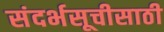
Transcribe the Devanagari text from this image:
संदर्भसूचीसाठी